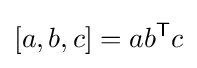
[a,b,c]=ab^{\textsf {T}}c